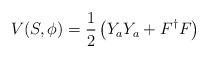
\begin{align*}V(S,\phi )=\frac{1}{2}\left( Y_{a}Y_{a}+F^{\dagger }F\right)\end{align*}